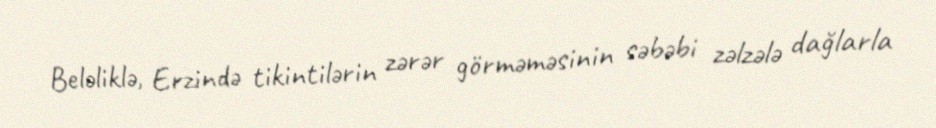
Beləliklə, Erzində tikintilərin zərər görməməsinin səbəbi zəlzələ dağlarla